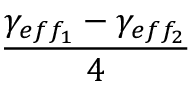
\frac { \gamma _ { e f f _ { 1 } } - \gamma _ { e f f _ { 2 } } } { 4 }